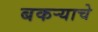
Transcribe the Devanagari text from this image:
बकऱ्याचे